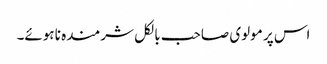
اس پر مولوی صاحب بالکل شرمندہ نا ہوئے۔